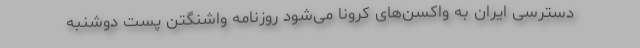
دسترسی ایران به واکسن‌های کرونا می‌شود روزنامه واشنگتن پست دوشنبه